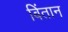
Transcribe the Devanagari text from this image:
बिंतान